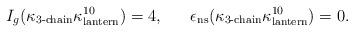
LaTeX: \begin{align*}I_g(\kappa_{3\textrm{-}\mathrm{chain }} \kappa_{\rm lantern}^{10} )=4, \ \ \ \ \ \epsilon_{\rm ns} (\kappa_{3\textrm{-}\mathrm{chain }} \kappa_{\rm lantern}^{10} )=0.\end{align*}